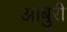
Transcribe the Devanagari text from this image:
आबुरी